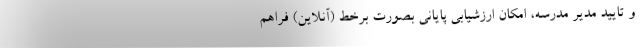
و تایید مدیر مدرسه، امکان ارزشیابی پایانی بصورت برخط (آنلاین) فراهم